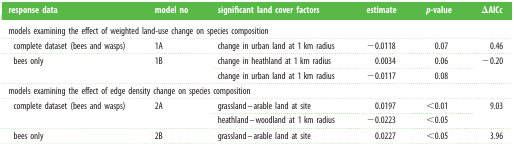
| response data | model no | significant land cover factors | estimate | p-value | ΔAICc |
 | --- | --- | --- | --- | --- | --- |
 | <COLSPAN=6> models examining the effect of weighted land-usechange on species composition |
 | complete dataset (bees and wasps) | 1A | change in urban land at 1 km radius | −0.0118 | 0.07 | 0.46 |
 | bees only | 1B | change in heathland at 1 km radius | 0.0034 | 0.06 | −0.20 |
 |  |  | change in urban land at 1 km radius | −0.0117 | 0.08 |  |
 | <COLSPAN=6> models examining the effect of edge densitychange on species composition |
 | complete dataset (bees and wasps) | 2A | grassland–arable land at site | 0.0197 | <0.01 | 9.03 |
 |  |  | heathland–woodland at 1 km radius | −0.0223 | <0.05 |  |
 | bees only | 2B | grassland–arable land at site | 0.0227 | <0.05 | 3.96 |